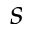
s